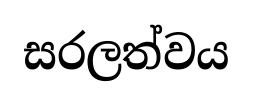
සරලත්වය